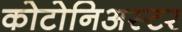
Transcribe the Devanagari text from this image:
कोटोनिअस्टर